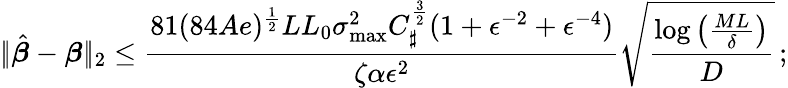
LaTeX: |\! |\hat{\boldsymbol{\beta}}-\boldsymbol{\beta}|\! |_{2}\leq\frac{81(84Ae)^{\frac 12}LL_{0}\sigma_{\operatorname*{max}}^{2}C_{\sharp}^{\frac 32}(1+\epsilon^{-2}+\epsilon^{-4})}{\zeta\alpha\epsilon^{2}}\sqrt{\frac{\log\left(\frac{ML}{\delta}\right)}D}\, ;